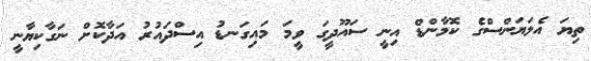
ތިޔަ އެލަޔަންސްގެ ކޮމާންޑް އިނީ ސައޫދީގަ ވީމަ މައިގަނޑު އިސްދައުރު އަދާކޮށް ނަގާކިޔާނީ